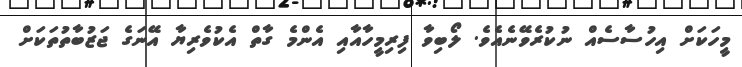
މީހަކަށް އިހުސާސެއް ނުކުރެވޭނެއެވެ. ލޯބިވާ ފިރިމީހާއާއި އެންމެ ގާތް އެކުވެރިޔާ އޭނަގެ ޖަޒުބާތުތަކަށް